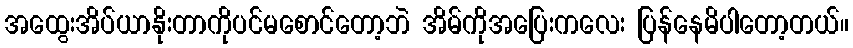
အထွေးအိပ်ယာနိုးတာကိုပင်မစောင်တော့ဘဲ အိမ်ကိုအပြေးကလေး ပြန်နေမိပါတော့တယ်။